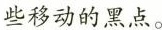
些移动的黑点。